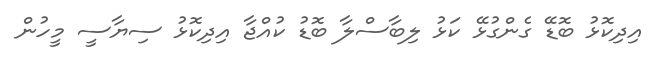
އިދިކޮޅު ބޮޑޭ ގެންގުޅޭ ކަޅު ލިބާސްލާ ބޮޑު ކުއްޖާ އިދިކޮޅު ސިޔާސީ މީހުން